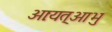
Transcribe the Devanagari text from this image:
आःयत्आभु